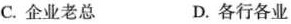
C.企业老总 D.各行各业